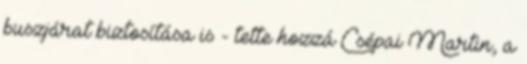
buszjárat biztosítása is - tette hozzá Csépai Martin, a